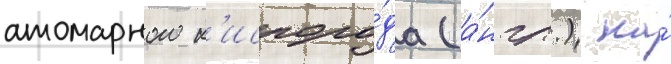
атомарного к'ислоро́да (а́нгл.) на́